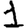
Digit: 1